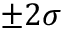
\pm 2 \sigma